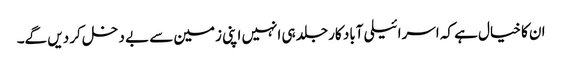
ان کا خیال ہے کہ اسرائیلی آباد کار جلد ہی انہیں اپنی زمین سے بے دخل کر دیں گے۔